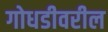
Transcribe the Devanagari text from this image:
गोधडीवरील